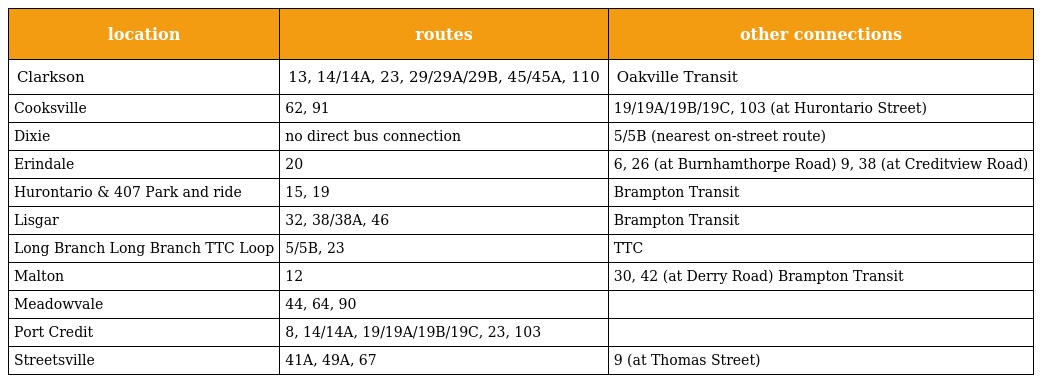
| location | routes | other connections |
 | --- | --- | --- |
 | Clarkson | 13, 14/14A, 23, 29/29A/29B, 45/45A, 110 | Oakville Transit |
 | Cooksville | 62, 91 | 19/19A/19B/19C, 103 (at Hurontario Street) |
 | Dixie | no direct bus connection | 5/5B (nearest on-street route) |
 | Erindale | 20 | 6, 26 (at Burnhamthorpe Road) 9, 38 (at Creditview Road) |
 | Hurontario & 407 Park and ride | 15, 19 | Brampton Transit |
 | Lisgar | 32, 38/38A, 46 | Brampton Transit |
 | Long Branch Long Branch TTC Loop | 5/5B, 23 | TTC |
 | Malton | 12 | 30, 42 (at Derry Road) Brampton Transit |
 | Meadowvale | 44, 64, 90 |  |
 | Port Credit | 8, 14/14A, 19/19A/19B/19C, 23, 103 |  |
 | Streetsville | 41A, 49A, 67 | 9 (at Thomas Street) |